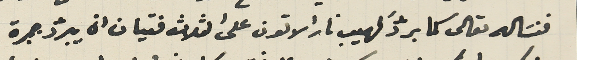
فنسَاله تعالى كما برّدَ لهيب نار الاتون على الثلاث فتيان انه يبرّد جميرة